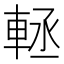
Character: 䡕